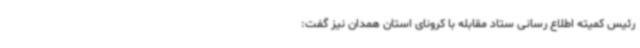
رئیس کمیته اطلاع رسانی ستاد مقابله با کرونای استان همدان نیز گفت: